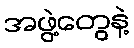
အဖွဲ့တွေနဲ့